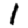
Digit: 1